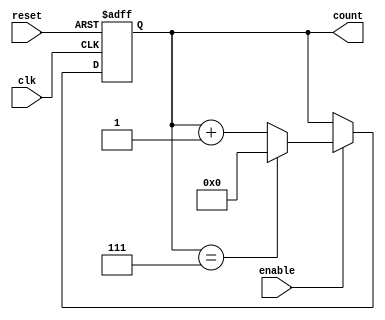
module async_counter #(
    parameter N = 8  // Maximum count value (N-1)
)(
    input wire clk,          // Clock signal
    input wire reset,        // Asynchronous reset
    input wire enable,       // Enable signal
    output reg [N-1:0] count // Output count value
);

    // Asynchronous reset and counting logic
    always @(posedge clk or posedge reset) begin
        if (reset) begin
            count <= 0; // Reset count to 0
        end else if (enable) begin
            if (count == (N-1)) begin
                count <= 0; // Wrap around to 0
            end else begin
                count <= count + 1; // Increment count
            end
        end
    end

endmodule